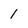
Character: 1